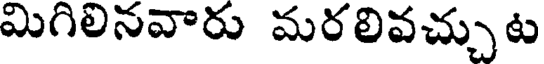
మిగిలినవారు మరలివచ్చుట